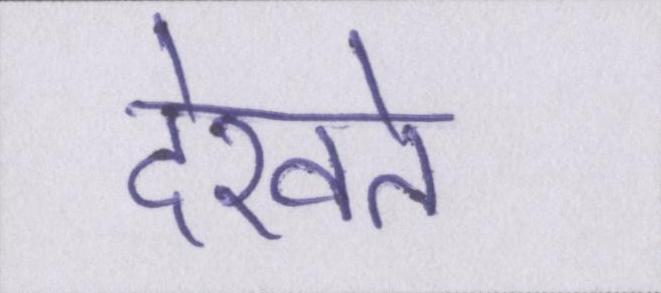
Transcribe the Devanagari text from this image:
देखते